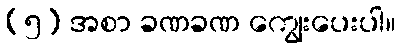
(၅) အစာ ခဏခဏ ကျွေးပေးပါ။